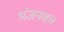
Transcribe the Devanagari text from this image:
भंजनक।